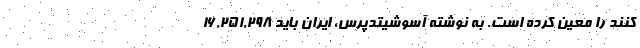
کنند را معین کرده است. به نوشته آسوشیتدپرس، ایران باید ۱۶,۲۵۱,۲۹۸